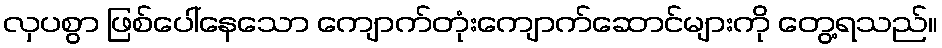
လှပစွာ ဖြစ်ပေါ်နေသော ကျောက်တုံးကျောက်ဆောင်များကို တွေ့ရသည်။